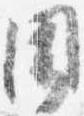
聞